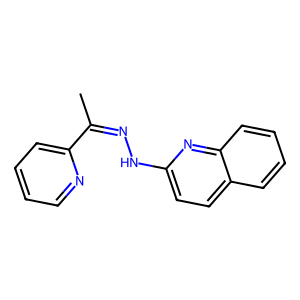
SMILES: CC(=NNc1ccc2ccccc2n1)c1ccccn1
Inhibits HIV replication: No